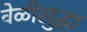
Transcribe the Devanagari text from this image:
वेळीसुद्धा